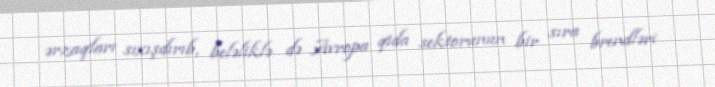
ərzaqları sıxışdırıb, beləliklə də Avropa qida sektorunun bir sıra brendləri